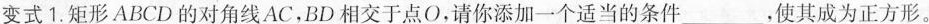
变式1.矩形ABCD的对角线AC，BD相交于点O，请你添加一个适当的条件___，使其成为正方形。